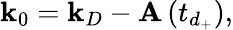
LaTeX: \mathbf{k}_{0}=\mathbf{k}_{D}-\mathbf{A}\left(t_{d_{+}}\right),